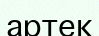
артек